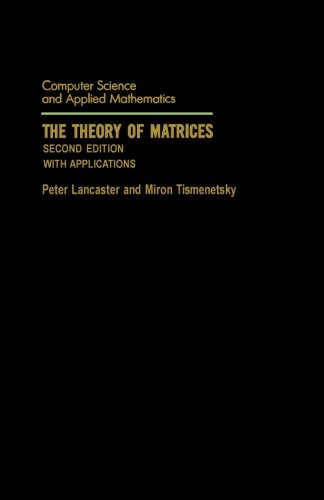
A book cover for The Theory of Matrices, Second Edition: With Applications (Computer Science and Scientific Computing); Peter Lancaster; Engineering & Transportation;